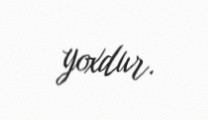
yoxdur.